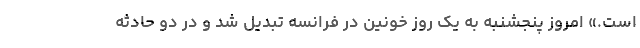
است.» امروز پنجشنبه به یک روز خونین در فرانسه تبدیل شد و در دو حادثه